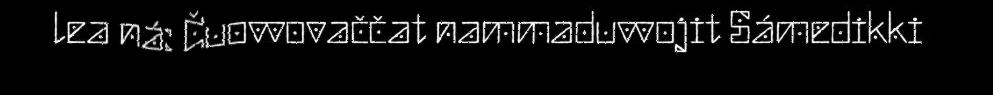
lea ná: Čuovvovaččat nammaduvvojit Sámedikki